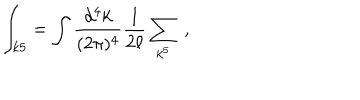
\int _ { k 5 } = \int { \frac { d ^ { 4 } k } { ( 2 \pi ) ^ { 4 } } } { \frac { 1 } { 2 \ell } } \sum _ { k ^ { 5 } } \ ,